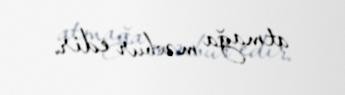
atmağa məcbur edir.